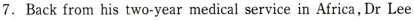
7. Back from his two-year medical service in Africa,Dr Lee